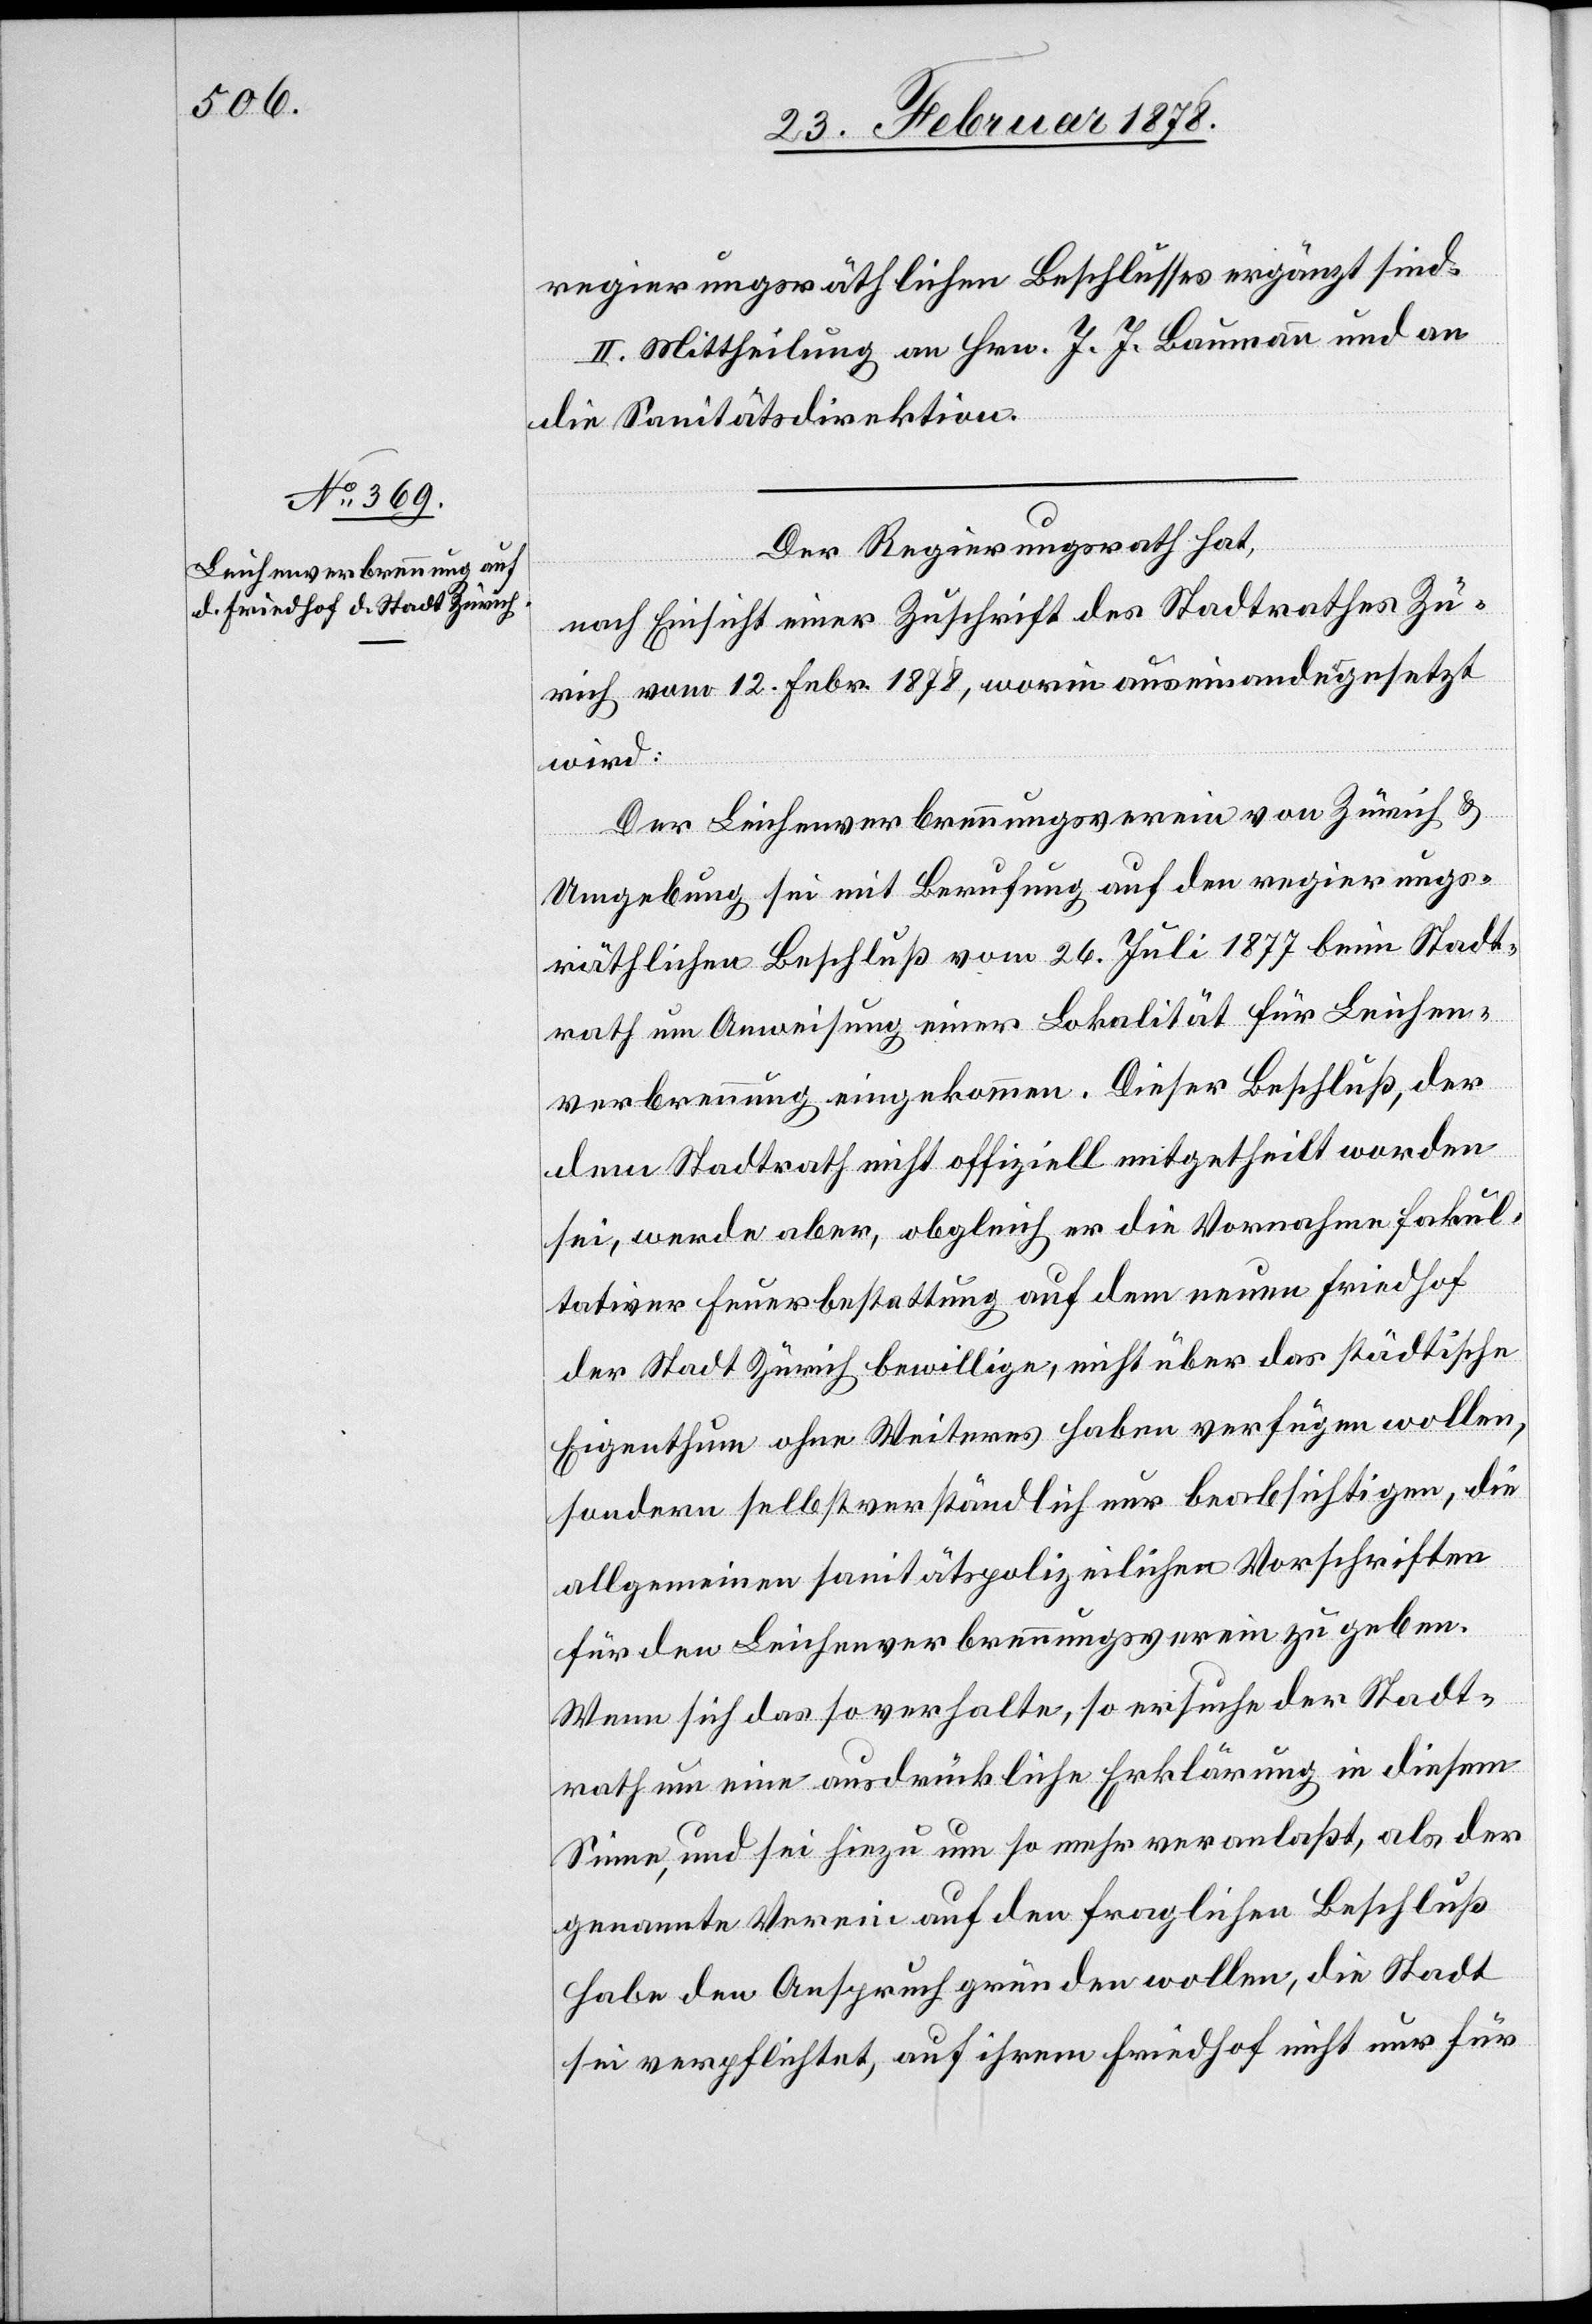
regierungsräthlichen Beschlusses ergänzt sind.
II. Mittheilung an Hrn. J. J. Baumann und an
die Sanitätsdirektion.
Der Regierungsrath hat,
nach Einsicht einer Zuschrift des Stadtrathes Zü¬
rich vom 12. Febr. 1878, worin auseinandergesetzt
wird:
Der Leichenverbrennungsverein von Zürich &
Umgebung sei mit Berufung auf den regierungs¬
räthlichen Beschluß vom 26. Juli 1877 beim Stadt¬
rath um Anweisung einer Lokalität für Leichen¬
verbrennung eingekommen. Dieser Beschluß, der
dem Stadtrath nicht offiziell mitgetheilt worden
sei, werde aber, obgleich er die Vornahme fakul¬
tativer Feuerbestattung auf dem neuen Friedhof
der Stadt Zürich bewillige, nicht über das städtische
Eigenthum ohne Weiteres habe verfügen wollen,
sondern selbstverständlich nur beabsichtigen, die
allgemeinen sanitätspolizeilichen Vorschriften
für den Leichenverbrennungsverein zu geben.
Wenn sich das so verhalte, so ersuche der Stadt¬
rath um eine ausdrückliche Erklärung in diesem
Sinne, und sei hiezu um so mehr veranlaßt, als der
genannte Verein auf den fraglichen Beschluß
habe den Anspruch gründen wollen, die Stadt
sei verpflichtet, auf ihrem Friedhof nicht nur für